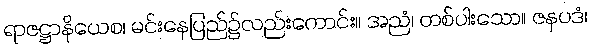
ရာဇဋ္ဌာနိယေစ၊ မင်းနေပြည်၌လည်းကောင်း။ အညံ၊ တစ်ပါးသော။ ဇနပဒံ၊